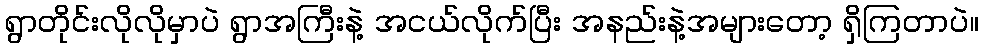
ရွာတိုင်းလိုလိုမှာပဲ ရွာအကြီးနဲ့ အငယ်လိုက်ပြီး အနည်းနဲ့အများတော့ ရှိကြတာပဲ။